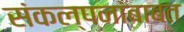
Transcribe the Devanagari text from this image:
संकल्पनांबाबत